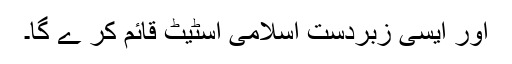
اور ایسی زبردست اسلامی اسٹیٹ قائم کر ے گا۔